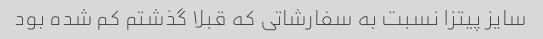
سایز پیتزا نسبت به سفارشاتی که قبلا گذشتم کم شده بود